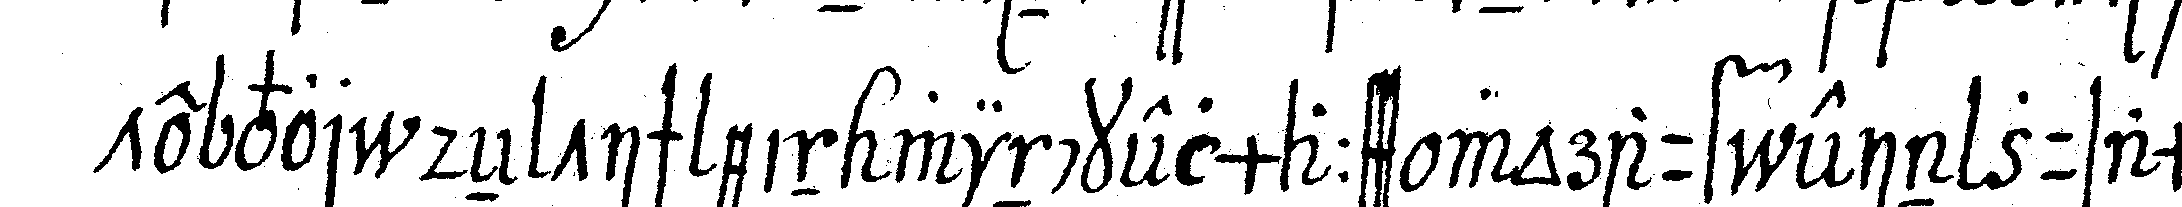
te vor deN tisch ein winckelmaass worauf ein zusammeN